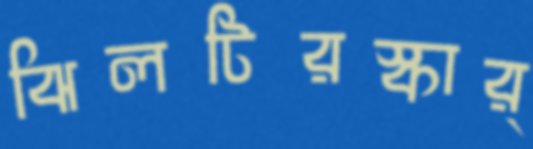
ঝিলটিরস্কার্